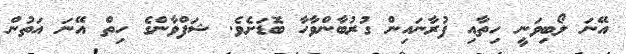
އޭނަ ލޯބިވަނީ ހިތާއި ފުރާނައިން ގުރުބާންވާހާ ބޮޑަށެވެ. ޝަފްވާންގެ ހިތް އޭނަ އަތުން